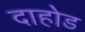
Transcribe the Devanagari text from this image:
दाहोड